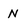
Character: N